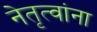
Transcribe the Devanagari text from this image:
नेतृत्वांना